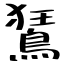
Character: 鵟